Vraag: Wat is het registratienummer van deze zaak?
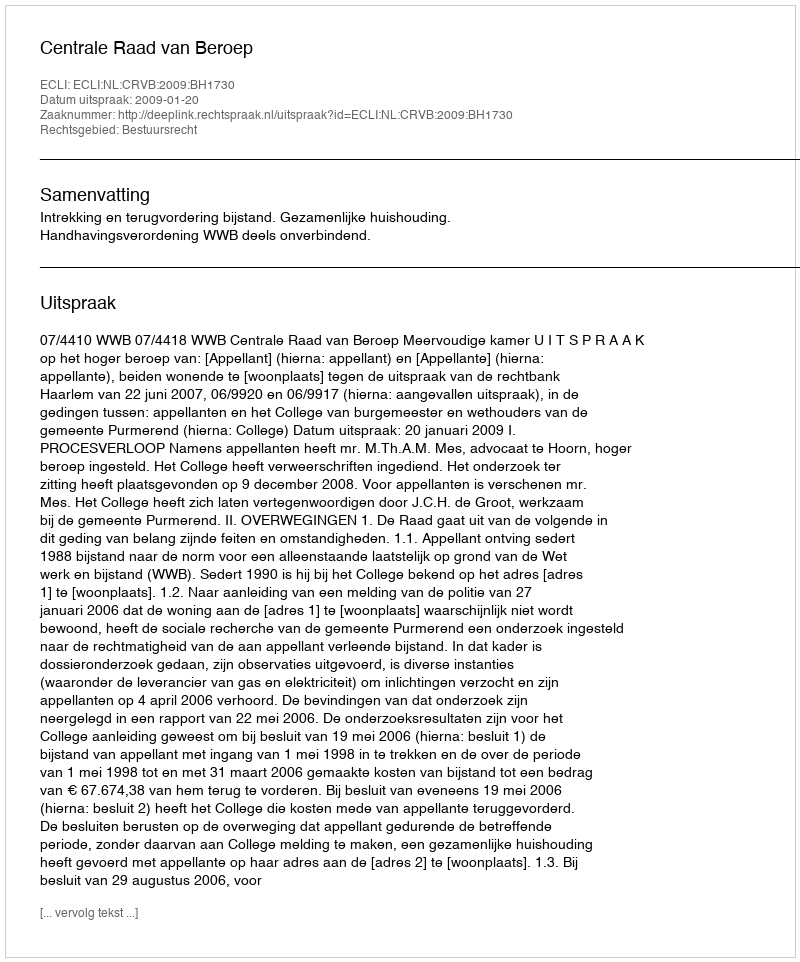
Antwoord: http://deeplink.rechtspraak.nl/uitspraak?id=ECLI:NL:CRVB:2009:BH1730